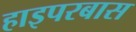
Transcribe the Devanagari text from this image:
हाइपरबास